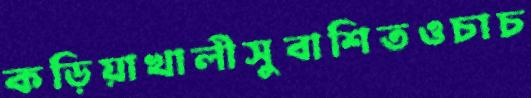
কড়িয়াখালীসুবাশিতওচাচ